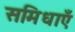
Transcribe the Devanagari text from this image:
समिधाएँ